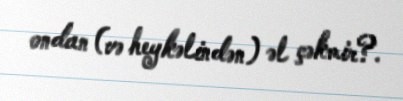
ondan (və heykəlindən) əl çəkmir?.